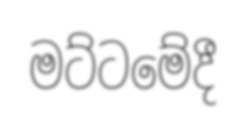
මට්ටමේදී